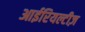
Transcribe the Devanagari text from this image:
आईरियल्टीज़